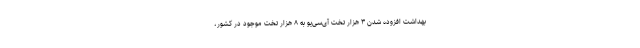
بهداشت افزوده شدن ۳ هزار تخت آی‌سی‌یو به ۸ هزار تخت موجود در کشور،